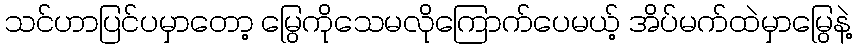
သင်ဟာပြင်ပမှာတော့ မြွေကိုသေမလိုကြောက်ပေမယ့် အိပ်မက်ထဲမှာမြွေနဲ့